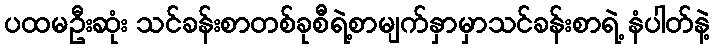
ပထမဦးဆုံး သင်ခန်းစာတစ်ခုစီရဲ့စာမျက်နှာမှာသင်ခန်းစာရဲ့ နံပါတ်နဲ့